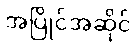
အပြိုင်အဆိုင်